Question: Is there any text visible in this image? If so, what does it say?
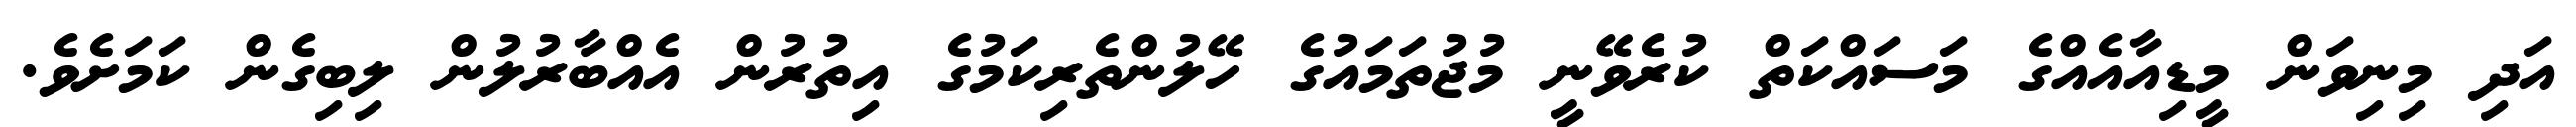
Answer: އަދި މިނިވަން މީޑިއާއެއްގެ މަސައްކަތް ކުރެވޭނީ މުޖުތަމައުގެ ހޭލުންތެރިކަމުގެ އިތުރުން އެއްބާރުލުން ލިބިގެން ކަމަށެވެ.